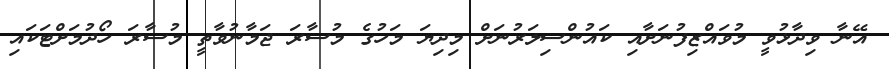
އޭނާ ވިދާޅުވީ މުވައްޒިފުނަށާއި ކައުންސިލަރުނަށް މިދިޔަ މަހުގެ މުސާރަ ޖަމާނުވާތީ މުސާރަ ހޯދުމަށްޓަކައި